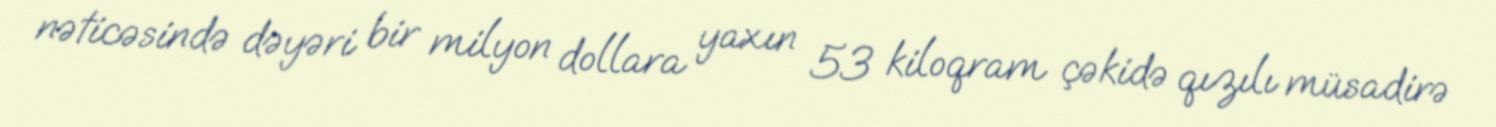
nəticəsində dəyəri bir milyon dollara yaxın 53 kiloqram çəkidə qızılı müsadirə